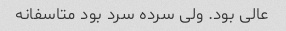
عالی بود. ولی سرده سرد بود متاسفانه